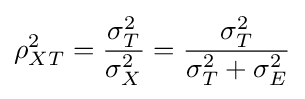
\rho _{XT}^{2}={\frac {\sigma _{T}^{2}}{\sigma _{X}^{2}}}={\frac {\sigma _{T}^{2}}{\sigma _{T}^{2}+\sigma _{E}^{2}}}